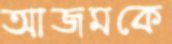
আজমকে